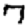
Digit: 7